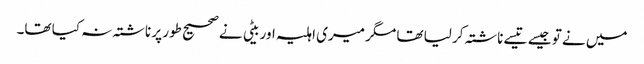
میں نے تو جیسے تیسے ناشتہ کر لیا تھا مگر میری اہلیہ اور بیٹی نے صحیح طور پر ناشتہ نہ کیا تھا۔